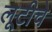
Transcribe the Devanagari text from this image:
लूटीचे